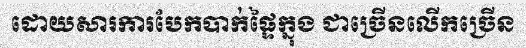
ដោយសារការបែកបាក់ផ្ទៃក្នុង ជាច្រើនលើកច្រើន